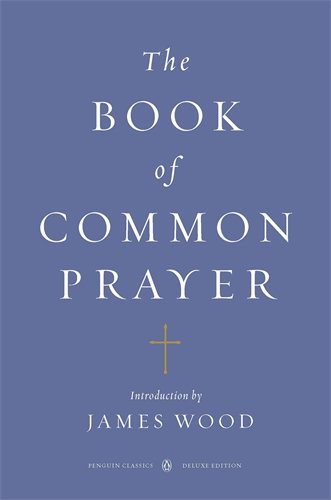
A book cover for The Book of Common Prayer: (Penguin Classics Deluxe Edition); Christian Books & Bibles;